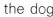
the dog